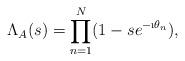
LaTeX: \begin{align*}\Lambda_A(s) = \prod_{n=1}^N (1-se^{-\i\theta_n}),\end{align*}